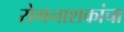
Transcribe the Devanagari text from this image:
रोगनाशकांचा